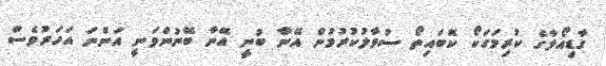
ގާޑިއޯލާގެ ކުރިމަގަކޯ ކޮބައިތޯ ސުވާލުކުރުމުން އޭނާ ބުނީ އޭނާ ބޭނުންވަނީ އަންނަ އަހަރުވެސް